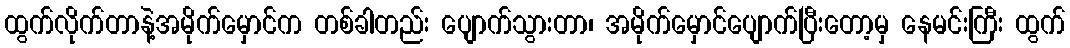
ထွက်လိုက်တာနဲ့အမိုက်မှောင်က တစ်ခါတည်း ပျောက်သွားတာ၊ အမိုက်မှောင်ပျောက်ပြီးတော့မှ နေမင်းကြီး ထွက်